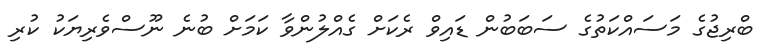
ބްރިޖުގެ މަސައްކަތުގެ ސަބަބުން ޑައިވް ރެކަށް ގެއްލުންވާ ކަމަށް ބުނެ ނޫސްވެރިޔަކު ކުރި